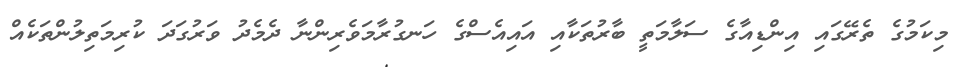
މިކަމުގެ ތެރޭގައި އިންޑިއާގެ ސަލާމަތީ ބާރުތަކާއި އައިއެސްގެ ހަނގުރާމަވެރިންނާ ދެމެދު ވަރުގަދަ ކުރިމަތިލުންތަކެއް